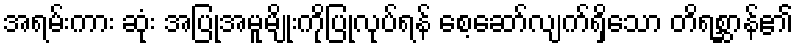
အရမ်းကား ဆုံး အပြုအမူမျိုးကိုပြုလုပ်ရန် စေ့ဆော်လျက်ရှိသော တိရစ္ဆာန်၏